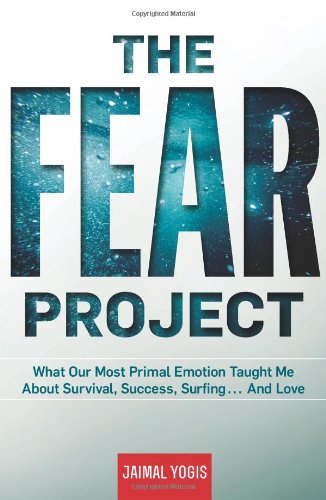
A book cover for The Fear Project: What Our Most Primal Emotion Taught Me About Survival, Success, Surfing . . . and Love; Jaimal Yogis; Self-Help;